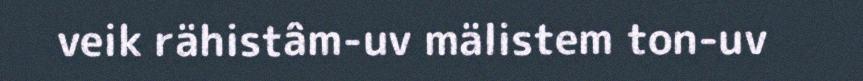
veik rähistâm-uv mälistem ton-uv